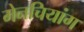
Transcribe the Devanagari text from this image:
मेनचियांग